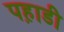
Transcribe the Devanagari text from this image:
पह़ाडी